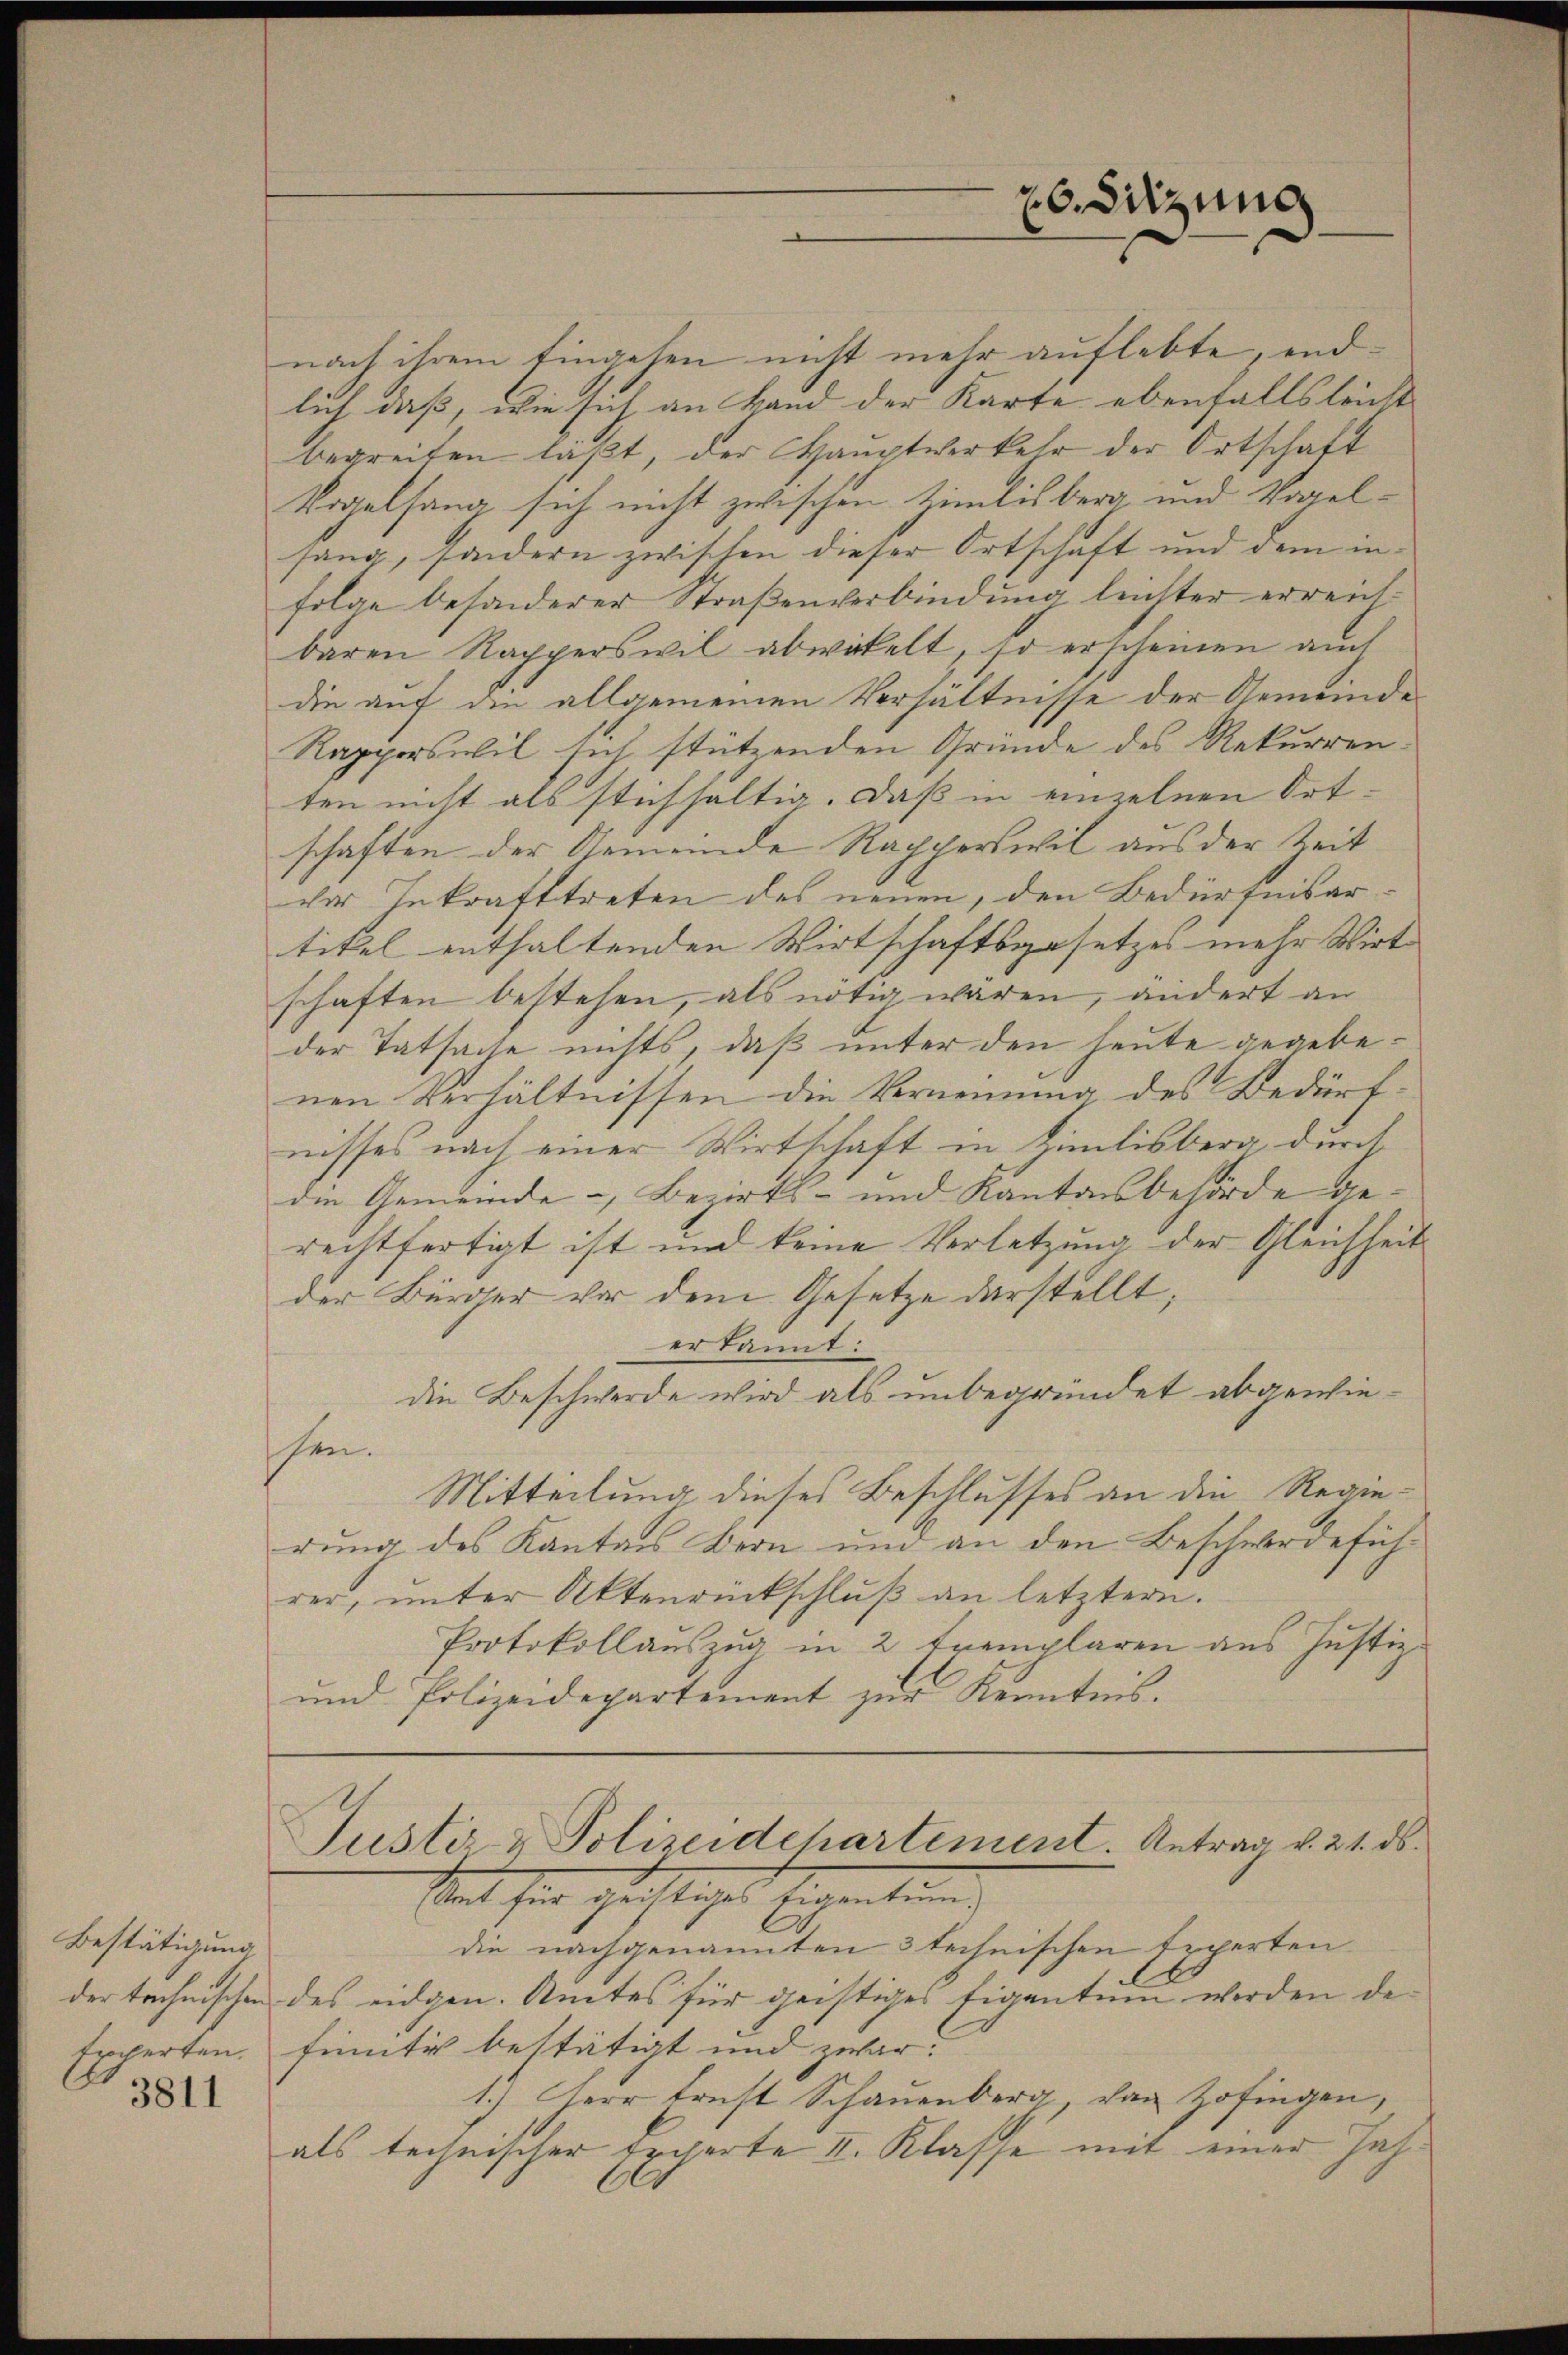
Bestätigung
der technischen
Experten.
3811

nach ihrem Eingehen nicht mehr auflebte, endlich daß, wie sich an Land der Karte ebenfalls leicht
begreifen laßt, der Hauptverkehr der Ortschaft
Vogelsang sich nicht zwischen timlisberg- und Vogelsang, sondern zwischen dieser Ortschaft und dem infolge besonderer Straßenverbindung leichter erreichbaren Rapperswil abwickelt, so erscheinen auch
die auf die allgemeinen Verhältnisse der Gemeinde¬
Rapperswil sich stützenden Gründe des Rekurren
ten nicht als stichhaltig. Daß in einzelnen Ortschaften der Gemeinde Rapperswil aus der Zeit
cher Inkrafttreten des neuen, den Bedürfnisartitel enthaltenden Wirtschaftsgesetzes mehr Wirt
schaften bestehen, als nötig waren, ändert an
der Tatsache nichts, daß unter den heute gegebenen Verhältnissen die Vernennung des Bedürfnisses nach einer Wirtschaft in Zimlisberg, durch
die Gemeinde-, Bezirks- und Kantonsbehörde ge-
rechtfertigt ist und keine Verletzung der Gleichheit
der Bürger vor dem Gesetze darstellt;
erkannt:
die Beschwerde wird als unbegründet abgewiesen.
Mitteilung dieses Beschlusses an die Regierung des Kantons Bern und an den Beschwerdefüh
rer, unter Aktenrückschluß an letztern.
Protokollauszug in 2 Exemplaren aus Justiz¬
und Polizeidepartement zur Kenntnis.

26. Sitzung

Justiz & Polizeidepartement. Antrag v. 21. ds.
Amt für geistiges Eigentum.

die nachgenannten 3 technischen Expertendes eidgen. Amtes für geistiges Eigentum werden de
finnte bestätigt und zwar
1.) Herr Ernst Schauenberg, von Zofingen,
als technischer Experte II. Klasse mit einer Jah¬